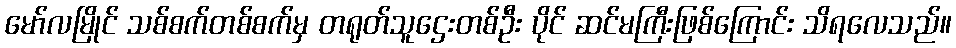
မော်လမြိုင် သစ်စက်တစ်စက်မှ တရုတ်သူဌေးတစ်ဦး ပိုင် ဆင်မကြီးဖြစ်ကြောင်း သိရလေသည်။